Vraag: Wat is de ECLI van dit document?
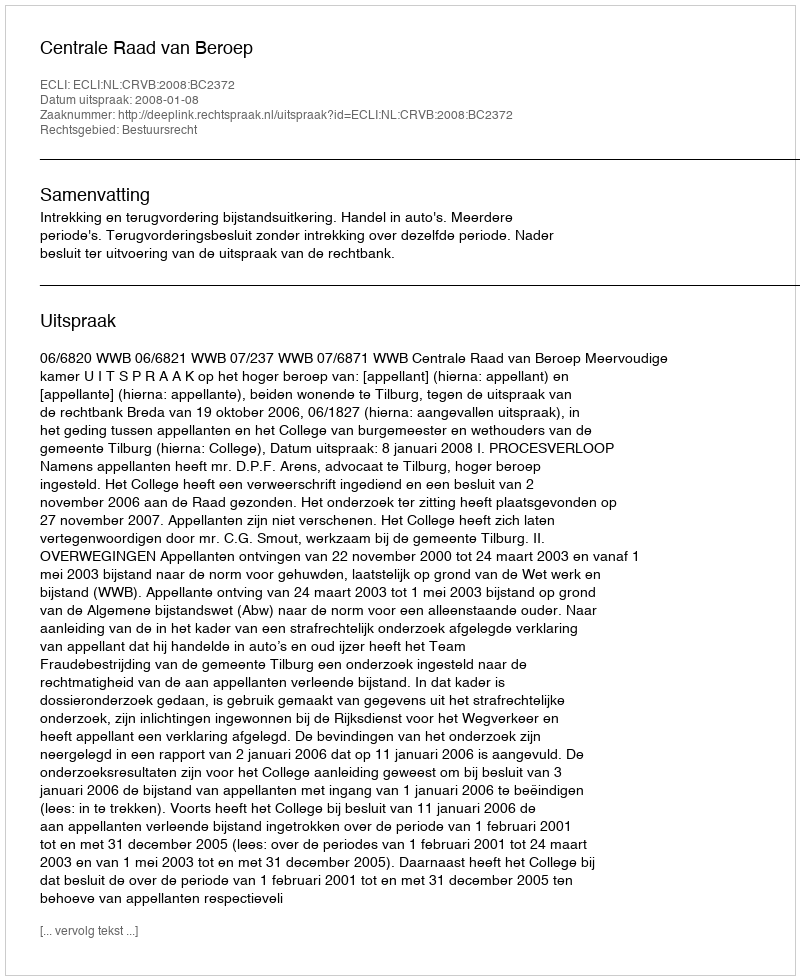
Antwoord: ECLI:NL:CRVB:2008:BC2372